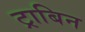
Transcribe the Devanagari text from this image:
ट्राबिन